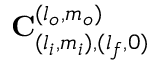
\mathbf { C } _ { ( l _ { i } , m _ { i } ) , ( l _ { f } , 0 ) } ^ { ( l _ { o } , m _ { o } ) }